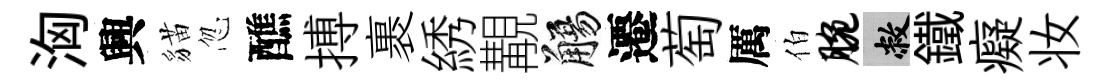
洶興貓忽醮搏裹綉覯觴遷萄厲伯腕敝鐵癡妆